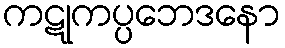
ကဋုကပ္ပဘေဒနော